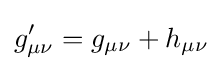
g'_{\mu \nu }=g_{\mu \nu }+h_{\mu \nu }